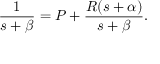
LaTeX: { \frac { 1 } { s + \beta } } = P + { \frac { R ( s + \alpha ) } { s + \beta } } .